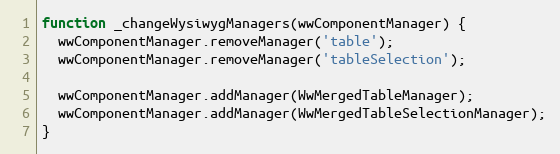
Language: JavaScript
function _changeWysiwygManagers(wwComponentManager) {
  wwComponentManager.removeManager('table');
  wwComponentManager.removeManager('tableSelection');

  wwComponentManager.addManager(WwMergedTableManager);
  wwComponentManager.addManager(WwMergedTableSelectionManager);
}